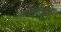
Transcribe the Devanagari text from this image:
अल्टाविस्टा